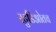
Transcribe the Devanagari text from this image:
स्टुडिओतच